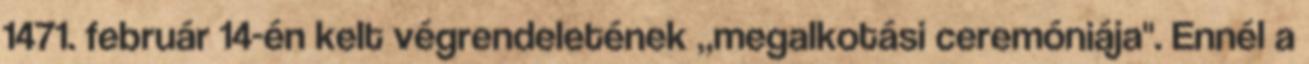
1471. február 14-én kelt végrendeletének „megalkotási ceremóniája". Ennél a